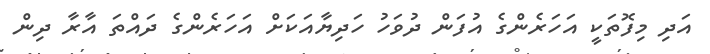
އަދި މިފޮތަކީ އަހަރެންގެ އުފަން ދުވަހު ހަދިޔާއަކަށް އަހަރެންގެ ދައްތަ އާރާ ދިން